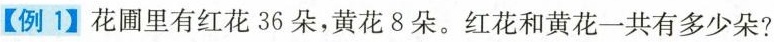
【例1】花圃里有红花36朵，黄花8朵。红花和黄花一共有多少朵?